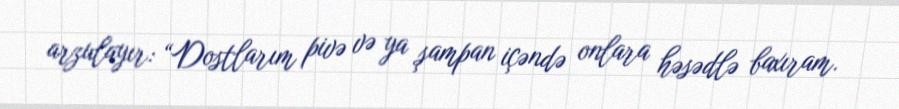
arzulayır: “Dostlarım pivə və ya şampan içəndə onlara həsədlə baxıram.